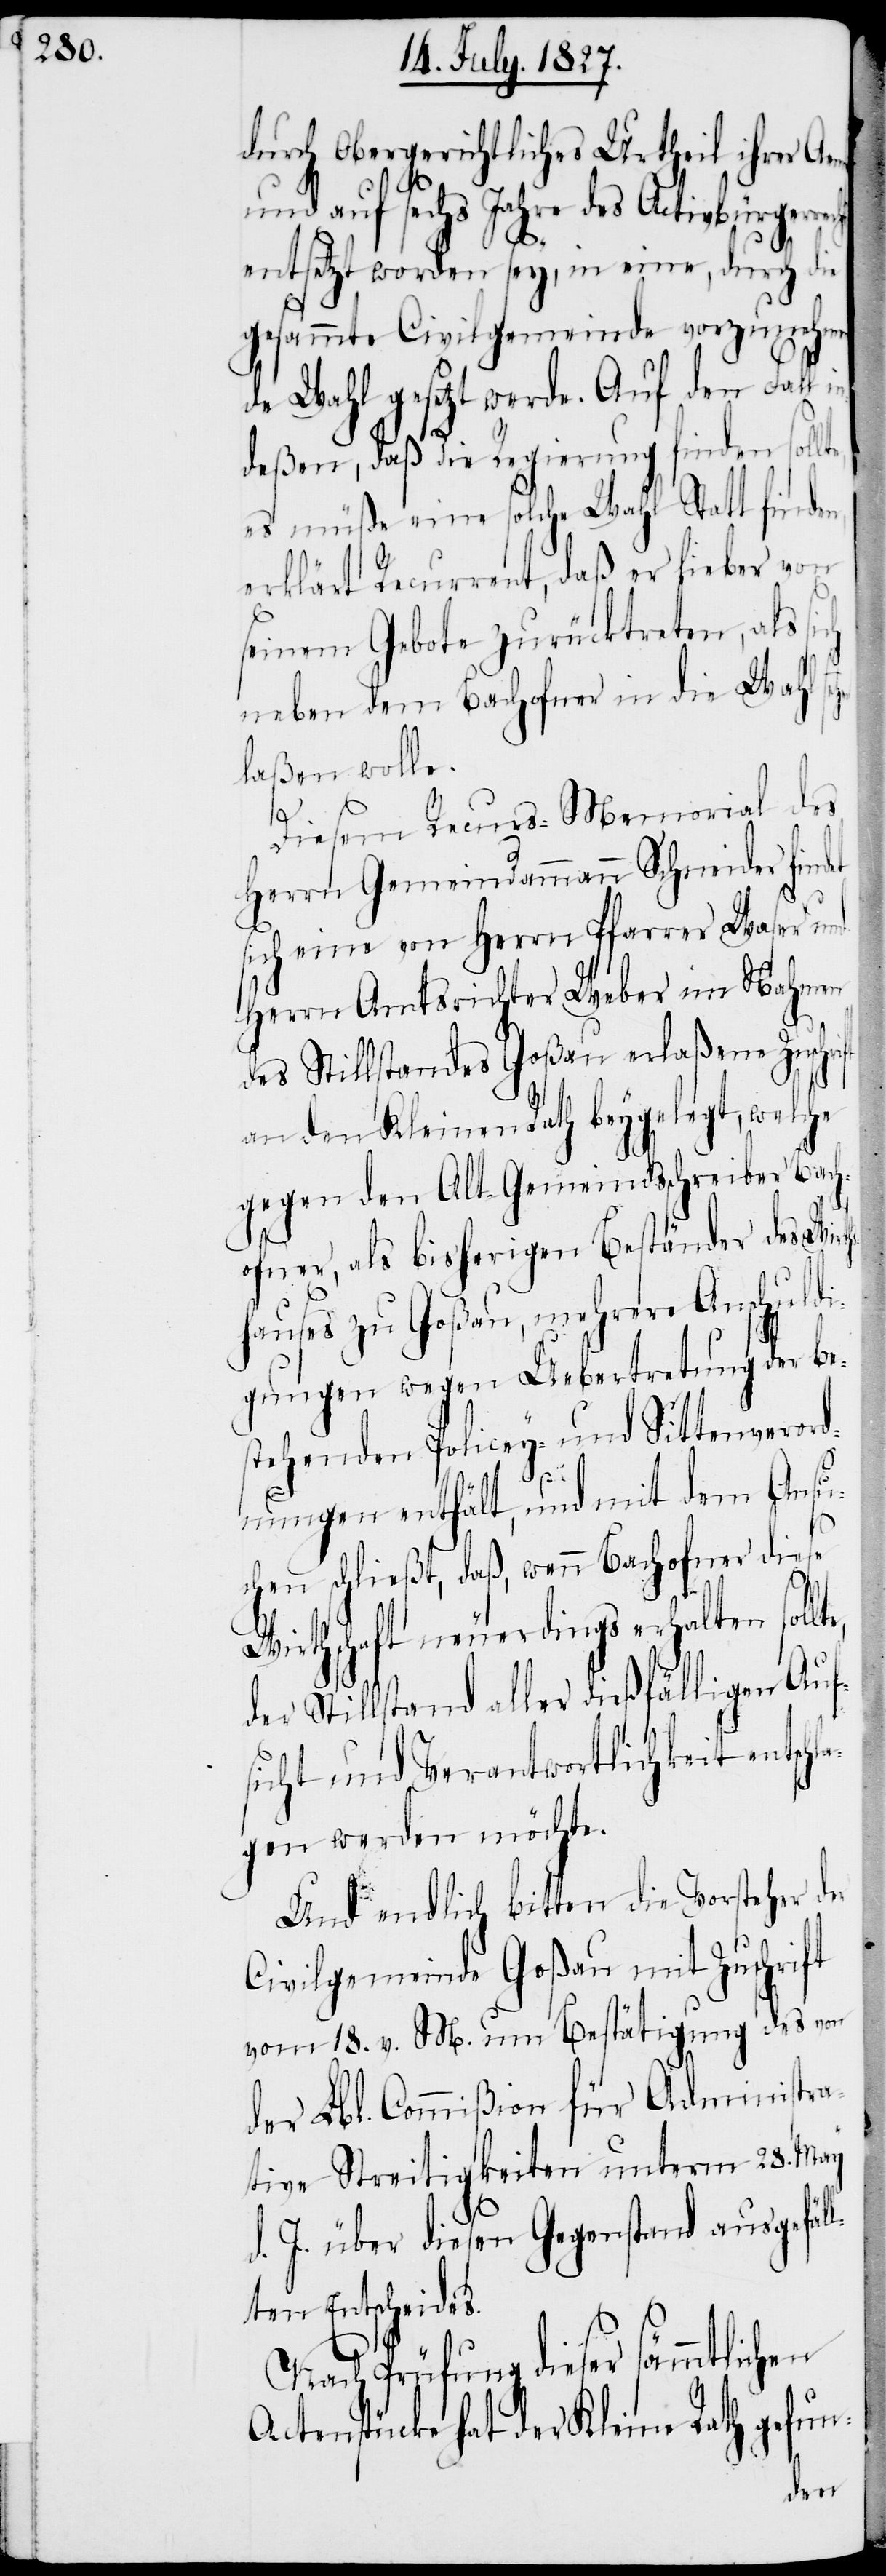
durch Obergerichtliches Urtheil ihrer Ae¬
und auf sechs Jahre des Activbürgerre¬
entsetzt worden sey, in eine, durch die
gesammte Civilgemeinde vorzunehmen¬
de Wahl gesetzt werde. Auf den Fall
deßen, daß die Regierung finden soll¬
es müße eine solche Wahl Statt finden,
erklärt Recurrent, daß er lieber von
seinem Gebote zurücktreten, als s¬
neben dem Bachofner in die Wahl s¬
laßen wolle.
Diesem Recurs-Memorial des
Herrn Gemeindammann Schneider findet
sich eine von Herrn Pfarrer Waser und
Herrn Amtsrichter Weber im Nahmen
des Stillstandes Goßau erlaßene Zusch¬
an den Kleinen Rath beygelegt, welche
gegen den Alt-Gemeindsschreiber Bach¬
ofner, als bisherigen Beständer des Wirt¬
hauses zu Goßau, mehrere Anschuldi¬
gungen wegen Uebertretung der be¬
stehenden Policey- und Sittenverord¬
te,
nungen enthält, und mit dem Ansu¬
chen schließt, daß, wenn Bachofner diese
Wirthschaft neuerdings erhalten soll¬
der Stillstand aller dießfälligen Auf¬
sicht und Verantwortlichkeit entschl¬
agen werden möchte.
Und endlich bitten die Vorsteher der
Civilgemeinde Goßau mit Zuschrift
vom 18. v. M. um Bestätigung des von
der Lbl. Commißion für Administra¬
tive Streitigkeiten unterm 28. May
d. J. über diesen Gegenstand ausgefäl¬
lten Entscheids.
Nach Prüfung dieser sämmtlichen
Actenstücke hat der Kleine Rath gefun-